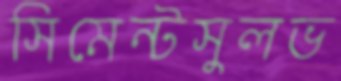
সিমেন্টসুলভ